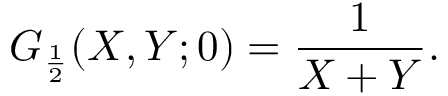
G _ { \frac { 1 } { 2 } } ( X , Y ; 0 ) = \frac { 1 } { X + Y } .